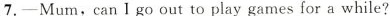
7.—Mum,can I go out to play games for a while?